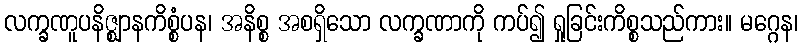
လက္ခဏူပနိဇ္ဈာနကိစ္စံပန၊ အနိစ္စ အစရှိသော လက္ခဏာကို ကပ်၍ ရှုခြင်းကိစ္စသည်ကား။ မဂ္ဂေန၊